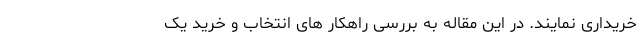
خریداری نمایند. در این مقاله به بررسی راهکار های انتخاب و خرید یک